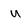
Character: u